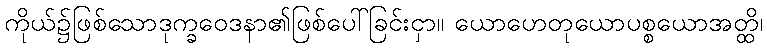
ကိုယ်၌ဖြစ်သောဒုက္ခဝေဒနာ၏ဖြစ်ပေါ်ခြင်းငှာ။ ယောဟေတုယောပစ္စယောအတ္ထိ၊